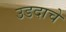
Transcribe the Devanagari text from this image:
उडदाचे